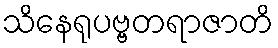
သိနေရုပဗ္ဗတရာဇာတိ